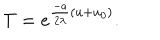
T = e ^ { \frac { - a } { 2 \lambda } ( u + u _ { 0 } ) } .